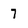
Character: 7